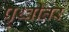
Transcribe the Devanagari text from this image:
पृथ्वीतर